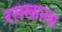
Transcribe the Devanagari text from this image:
रसखानश्च